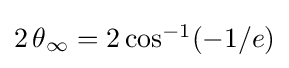
{\textstyle 2\,\theta {_{\infty }}=2\cos ^{-1}(-1/e)}